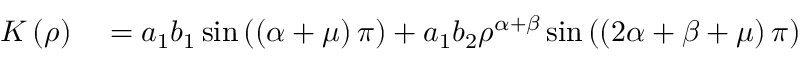
\begin{array} { r l } { K \left( \rho \right) } & { { } = a _ { 1 } b _ { 1 } \sin \left( \left( \alpha + \mu \right) \pi \right) + a _ { 1 } b _ { 2 } \rho ^ { \alpha + \beta } \sin \left( \left( 2 \alpha + \beta + \mu \right) \pi \right) } \end{array}